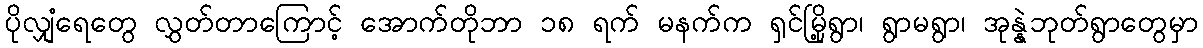
ပိုလျှံရေတွေ လွှတ်တာကြောင့် အောက်တိုဘာ ၁၈ ရက် မနက်က ရှင်မြို့ရွာ၊ ရွာမရွာ၊ အုန္နဲဘုတ်ရွာတွေမှာ